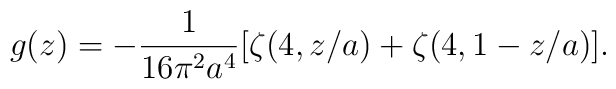
g(z)=-\frac{1}{16\pi^2 a^4}[\zeta(4,z/a)+\zeta(4,1-z/a)].